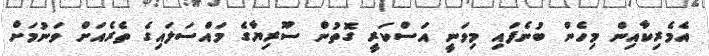
އެމެރިކާއިން މިހެން ބުނެފައި މިވަނީ އަސްކަރީ ގޮތުން ސޫރިޔާގެ މައްސަލައިގެ ތެރެއަށް ވަނުމަށް